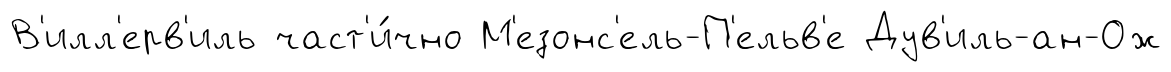
В'илл'ерв'иль част'и́чно М'езонс'ель-П'ельв'е Дув'иль-ан-Ож